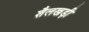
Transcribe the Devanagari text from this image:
शैलखड़ी